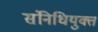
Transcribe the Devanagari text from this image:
संनिधियुक्त